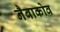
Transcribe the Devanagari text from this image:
नैबाकोव